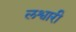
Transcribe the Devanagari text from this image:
लश्वारी